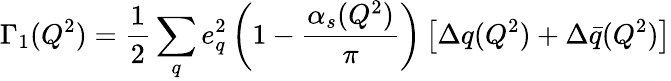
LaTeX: \Gamma_{1}(Q^{2})=\frac{1}{2}\sum_{q}e_{q}^{2}\left(1-\frac{\alpha_{s}(Q^{2})}{\pi}\right)\left[\Delta q(Q^{2})+\Delta\bar{q}(Q^{2})\right]